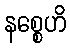
နစ္စေဟိ